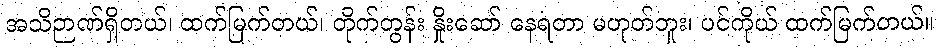
အသိဉာဏ်ရှိတယ်၊ ထက်မြက်တယ်၊ တိုက်တွန်း နှိုးဆော် နေရတာ မဟုတ်ဘူး၊ ပင်ကိုယ် ထက်မြက်တယ်။